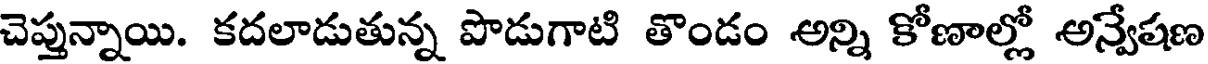
చెప్తున్నాయి. కదలాడుతున్న పొడుగాటి తొండం అన్ని కోణాల్లో అన్వేషణ